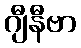
ဂျီနီဗာ